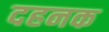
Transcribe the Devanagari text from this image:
दहनक